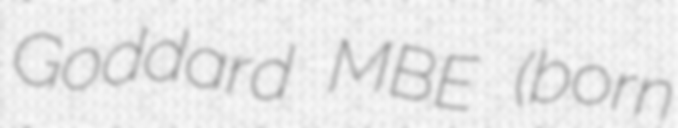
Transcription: Goddard MBE (born